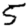
Digit: 5